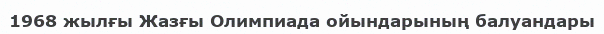
1968 жылғы Жазғы Олимпиада ойындарының балуандары